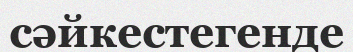
сәйкестегенде